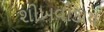
શીખવાડાય